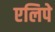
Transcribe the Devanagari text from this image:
एलिपे